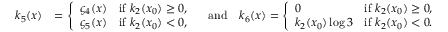
\begin{array} { r l } { k _ { 5 } ( x ) } & { = \left\{ \begin{array} { l l } { \varsigma _ { 4 } ( x ) } & { \mathrm { i f ~ } k _ { 2 } ( x _ { 0 } ) \geq 0 , } \\ { \varsigma _ { 5 } ( x ) } & { \mathrm { i f ~ } k _ { 2 } ( x _ { 0 } ) < 0 , } \end{array} \right. \quad \mathrm { a n d } \quad k _ { 6 } ( x ) = \left\{ \begin{array} { l l } { 0 } & { \mathrm { i f ~ } k _ { 2 } ( x _ { 0 } ) \geq 0 , } \\ { k _ { 2 } ( x _ { 0 } ) \log { 3 } } & { \mathrm { i f ~ } k _ { 2 } ( x _ { 0 } ) < 0 . } \end{array} \right. } \end{array}